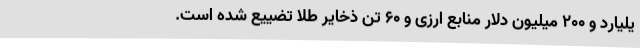
یلیارد و ۲۰۰ میلیون دلار منابع ارزی و ۶۰ تن ذخایر طلا تضییع شده است.